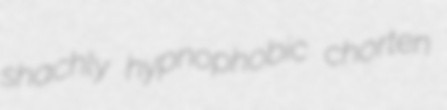
shachly hypnophobic chorten